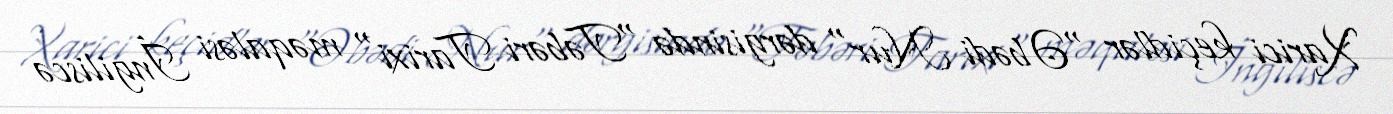
Xarici keçidlər "Əbədi Nur" dərgisində "Təbəri Tarixi" məqaləsi İngiliscə